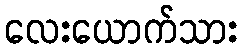
လေးယောက်သား